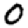
Digit: 0